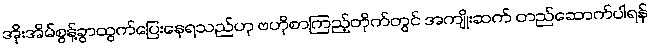
အိုးအိမ်စွန့်ခွာထွက်ပြေးနေရသည်ဟု ဗဟိုစာကြည့်တိုက်တွင် အကျိုးဆက် တည်ဆောက်ပါရန်